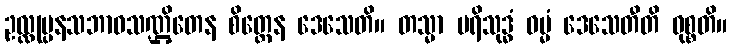
ဥလ္လုမ္ပနသဘာဝသဏ္ဌိတေန စိတ္တေန ဒေသေတိ။ တသ္မာ ပရိသုဒ္ဓံ ဓမ္မံ ဒေသေတီတိ ဝုစ္စတိ။